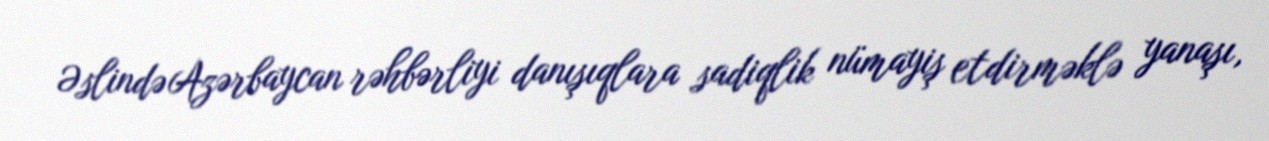
Əslində Azərbaycan rəhbərliyi danışıqlara sadiqlik nümayiş etdirməklə yanaşı,